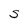
Character: S